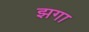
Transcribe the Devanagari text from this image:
झगा